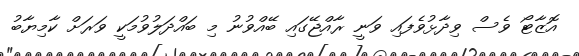
އޮޒާޓޯ ވެސް ވިދާޅުވެފައި ވަނީ ރާއްޖޭގައި ބޭއްވުނު މި ބައްދަލުވުމަކީ ވަރަށް ކާމިޔާބު